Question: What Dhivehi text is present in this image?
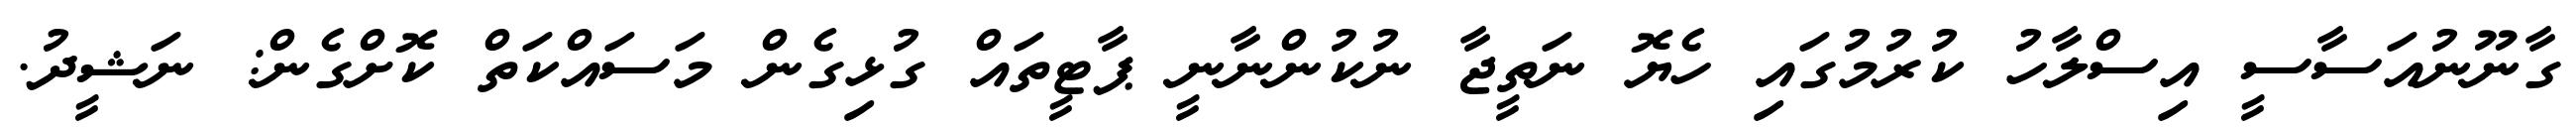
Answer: ގާނޫނުއަސާސީ އިސްލާހު ކުރުމުގައި ހެޔޮ ނަތީޖާ ނުކުންނާނީ ޕާޓީތައް ގުޅިގެން މަސައްކަތް ކޮށްގެން: ނަޝީދު.